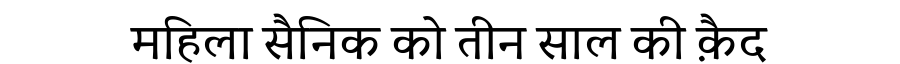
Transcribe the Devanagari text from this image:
महिला सैनिक को तीन साल की क़ैद